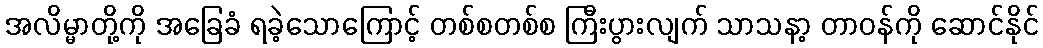
အလိမ္မာတို့ကို အခြေခံ ရခဲ့သောကြောင့် တစ်စတစ်စ ကြီးပွားလျက် သာသနာ့ တာဝန်ကို ဆောင်နိုင်